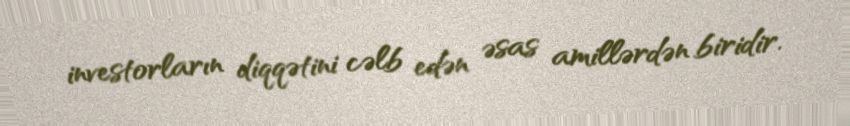
investorların diqqətini cəlb edən əsas amillərdən biridir.